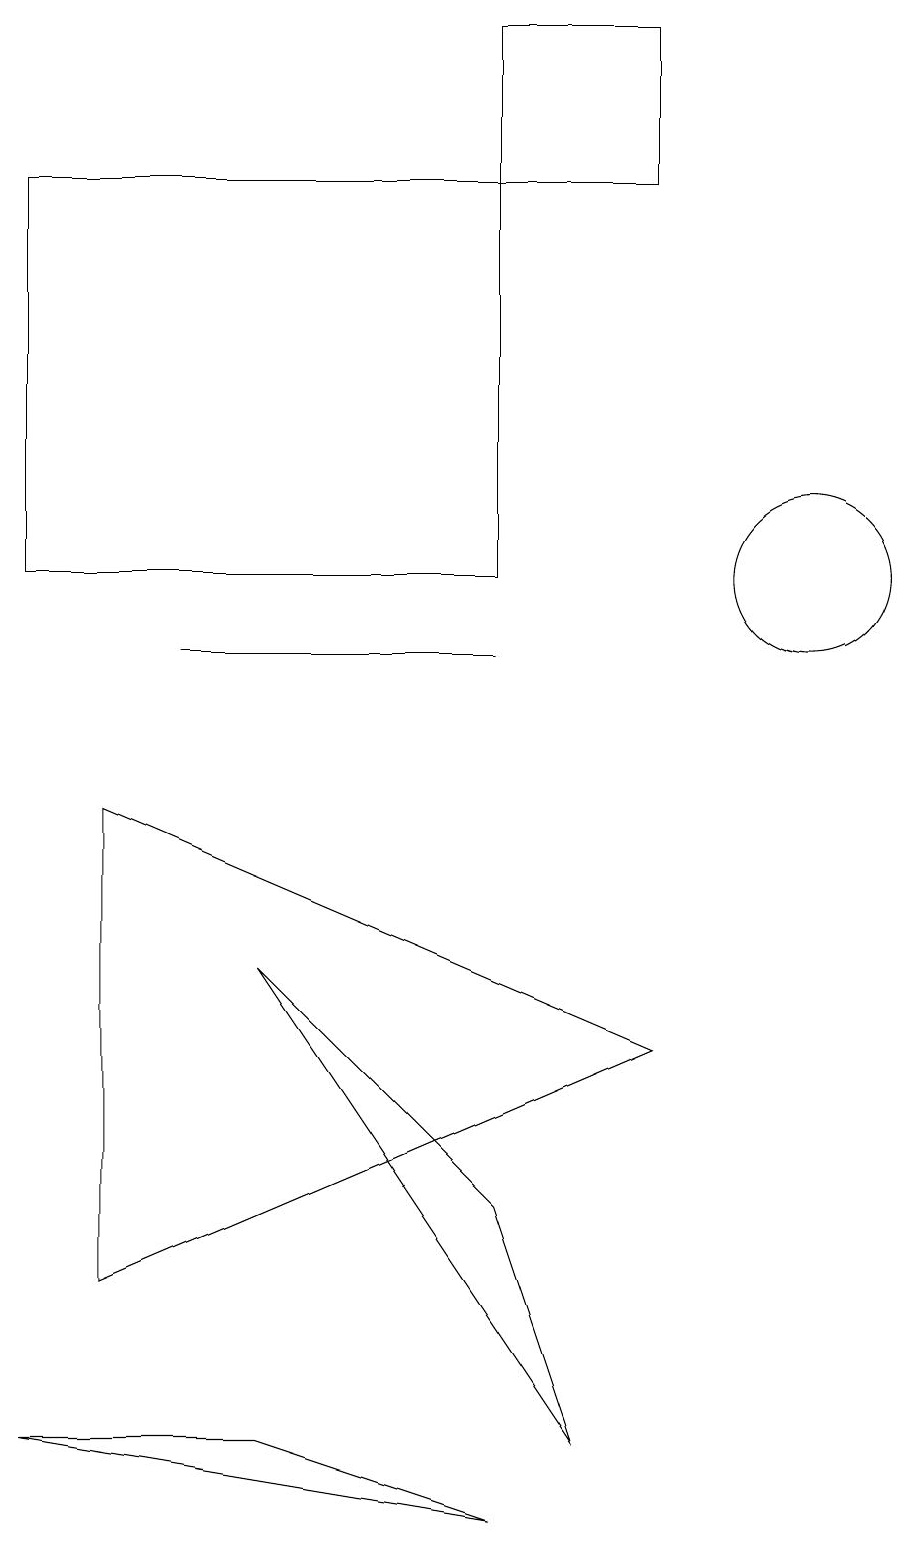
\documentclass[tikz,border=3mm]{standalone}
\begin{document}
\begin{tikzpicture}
\draw (9,17) rectangle (7,19);
\draw (7,11) rectangle (3,11);
\draw (11,12) circle (1);
\draw (4,1) -- (7,0) -- (1,1) -- cycle;
\draw (1,12) rectangle (7,17);
\draw (9,6) -- (2,9) -- (2,3) -- cycle;
\draw (7,4) -- (4,7) -- (8,1) -- cycle;
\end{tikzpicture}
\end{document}